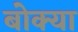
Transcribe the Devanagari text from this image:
बोक्या